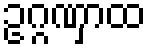
ဥဂ္ဂဏှာထ